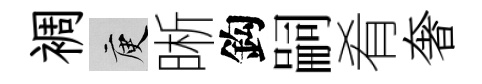
裯庾晰鈎嗣肴奢